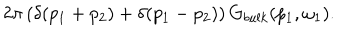
LaTeX: 2 \pi \left( \delta ( p _ { 1 } + p _ { 2 } ) + \delta ( p _ { 1 } - p _ { 2 } ) \right) G _ { b u l k } ( p _ { 1 } , \omega _ { 1 } ) .